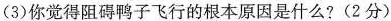
(3)你觉得阻碍鸭子飞行的根本原因是什么?(2分)